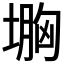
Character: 𡏠